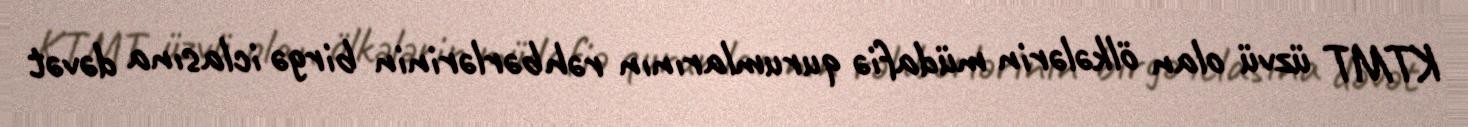
KTMT üzvü olan ölkələrin müdafiə qurumlarının rəhbərlərinin birgə iclasına dəvət